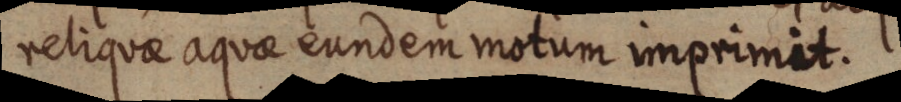
reliquae aquae eundem motum imprimit.